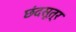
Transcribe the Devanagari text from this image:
छंदसूत्र